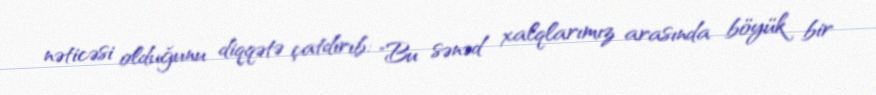
nəticəsi olduğunu diqqətə çatdırıb: "Bu sənəd xalqlarımız arasında böyük bir